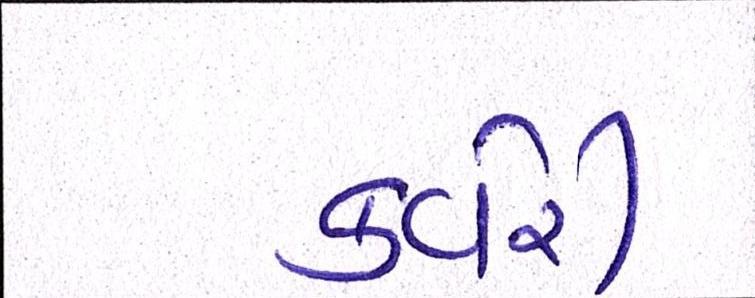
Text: કવેરી